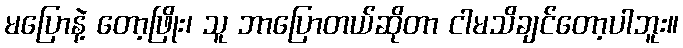
မပြောနဲ့ တော့ဖြိုး၊ သူ ဘာပြောတယ်ဆိုတာ ငါမသိချင်တော့ပါဘူး။